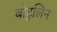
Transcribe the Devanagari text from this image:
बोटुलिन